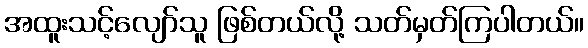
အထူးသင့်လျော်သူ ဖြစ်တယ်လို့ သတ်မှတ်ကြပါတယ်။